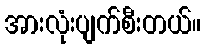
အားလုံးပျက်စီးတယ်။